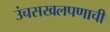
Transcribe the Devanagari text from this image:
उंचसखलपणाची